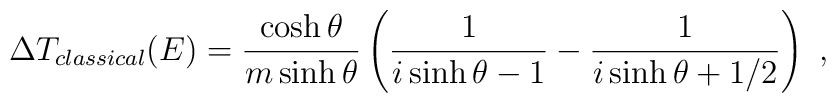
\Delta T_{classical}(E)=\frac{\cosh\theta}{m\sinh\theta}\left(\frac{1}{i\sinh\theta -1}-\frac{1}{i\sinh\theta +1/2}\right)\ ,